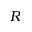
R